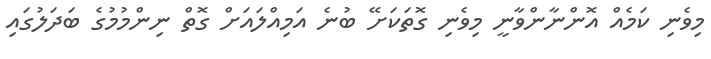
މިވެނި ކަމެއް އޮންނާންވާނީ މިވެނި ގޮތަކަށޭ ބުނެ އަމިއްލައަށް ގޮތް ނިންމުމުގެ ބަދަލުގައި